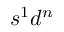
s ^ { 1 } d ^ { n }